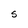
Character: S